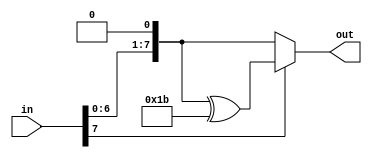
module m2 (
input [7:0] in, 
output [7:0] out
); 
assign out = in[7]? ((in << 1) ^ 'h1b) : (in << 1); 
endmodule 

module m4 (
input [7:0] in,
output [7:0] out
); 
wire [7:0]temp; 
m2 a (in, temp);
assign out = temp[7]? ((temp << 1) ^ 'h1b) : (temp << 1); 
endmodule 

module m8 (
input [7:0] in,
output [7:0] out
); 
wire [7:0]temp; 
m4 a (in, temp);
assign out = temp[7]? ((temp << 1) ^ 'h1b) : (temp << 1); 
endmodule 


module m9 (
input [7:0] in, 
output [7:0] out
); 
wire [7:0] a8; 
m8 res0 (in, a8); 
assign out = a8 ^ in; 
endmodule 

module m11 (
input [7:0] in, 
output [7:0] out
); 
wire [7:0] a8;
wire [7:0] a2;   
m8 res0 (in, a8);
m2 res1 (in, a2);  
assign out = a8 ^ a2 ^ in; 
endmodule 

module m13 (
input [7:0] in, 
output [7:0] out
); 
wire [7:0] a8;
wire [7:0] a4; 
m8 res0 (in, a8);
m4 res1 (in, a4);  
assign out = a8 ^ a4 ^ in; 
endmodule

module m14 (
input [7:0] in, 
output [7:0] out
); 
wire [7:0] a8;
wire [7:0] a4;
wire [7:0] a2; 
m8 res0 (in, a8);
m4 res1 (in, a4);  
m2 res2 (in, a2); 
assign out = a8 ^ a4 ^ a2; 
endmodule


module multiply1(
input [7:0] ele, 
input [7:0] mat,
output [7:0] out
);
wire [7:0]c9,c11,c13,c14;  
m9 case9 (ele,c9); 
m11 case11 (ele,c11); 
m13 case13 (ele,c13); 
m14 case14 (ele,c14); 

assign out = (mat == 'h09)? c9 :
				 (mat == 'h0b)? c11:
				 (mat == 'h0d)? c13:
				 c14;
endmodule 

module multiplyColByRow (
input [31:0] in, 
input [7:0] r0, 
input [7:0] r1, 
input [7:0] r2, 
input [7:0] r3, 
output [7:0] out
);
wire [7:0]res0, res1, res2, res3; 
multiply1 m0 (in[31:24], r0,res0);
multiply1 m1 (in[23:16], r1,res1);
multiply1 m2 (in[15:08], r2,res2);
multiply1 m3 (in[07:00], r3,res3);
assign out = res0 ^ res1 ^ res2 ^ res3; 
endmodule 

module inverseMixColumn (
input [127:0] in, 
output [127:0] out
);
multiplyColByRow e00 (in[127:096], 8'h0e, 8'h0b, 8'h0d, 8'h09, out[127:120]); 
multiplyColByRow e01 (in[127:096], 8'h09, 8'h0e, 8'h0b, 8'h0d, out[119:112]); 
multiplyColByRow e02 (in[127:096], 8'h0d, 8'h09, 8'h0e, 8'h0b, out[111:104]); 
multiplyColByRow e03 (in[127:096], 8'h0b, 8'h0d, 8'h09, 8'h0e, out[103:096]); 

multiplyColByRow e10 (in[095:064], 8'h0e, 8'h0b, 8'h0d, 8'h09, out[095:088]); 
multiplyColByRow e11 (in[095:064], 8'h09, 8'h0e, 8'h0b, 8'h0d, out[087:080]); 
multiplyColByRow e12 (in[095:064], 8'h0d, 8'h09, 8'h0e, 8'h0b, out[079:072]); 
multiplyColByRow e13 (in[095:064], 8'h0b, 8'h0d, 8'h09, 8'h0e, out[071:064]); 

multiplyColByRow e20 (in[063:032], 8'h0e, 8'h0b, 8'h0d, 8'h09, out[063:056]); 
multiplyColByRow e21 (in[063:032], 8'h09, 8'h0e, 8'h0b, 8'h0d, out[055:048]); 
multiplyColByRow e22 (in[063:032], 8'h0d, 8'h09, 8'h0e, 8'h0b, out[047:040]); 
multiplyColByRow e23 (in[063:032], 8'h0b, 8'h0d, 8'h09, 8'h0e, out[039:032]); 

multiplyColByRow e30 (in[031:000], 8'h0e, 8'h0b, 8'h0d, 8'h09, out[031:024]); 
multiplyColByRow e31 (in[031:000], 8'h09, 8'h0e, 8'h0b, 8'h0d, out[023:016]); 
multiplyColByRow e32 (in[031:000], 8'h0d, 8'h09, 8'h0e, 8'h0b, out[015:008]); 
multiplyColByRow e33 (in[031:000], 8'h0b, 8'h0d, 8'h09, 8'h0e, out[007:000]); 

endmodule 


module test (); 
wire [127:0]inArr; 
wire [127:0] outArr; 
assign inArr = 'h1741A118_91C99168_8C36386F_23AD82AA;  
inverseMixColumn imc (inArr, outArr); 




endmodule